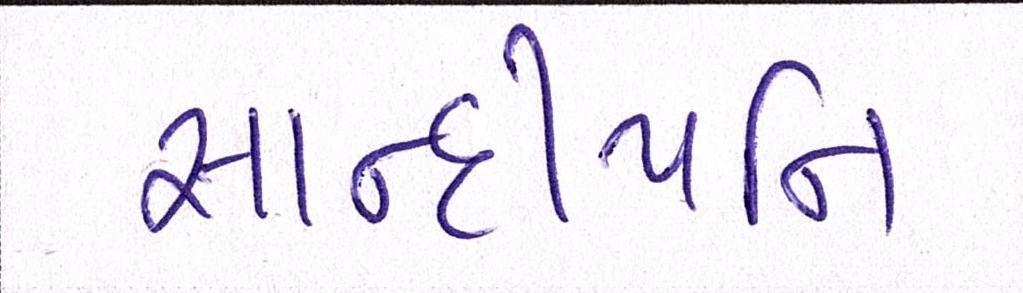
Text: સાન્દીપનિ